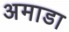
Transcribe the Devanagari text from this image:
अमाडा